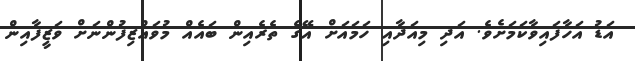
އަޑު އަހާފައިވާކަމަށެވެ. އަދި މިއަދާއި ހަމައަށް އޭގެ ތެރެއިން ބައެއް މުވައްޒިފުންނަށް ވަޒީފާއިން